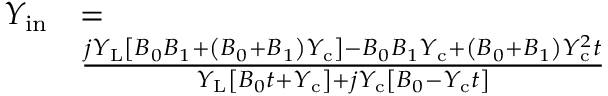
\begin{array} { r l } { Y _ { \mathrm { i n } } } & { = } \\ & { \frac { j Y _ { \mathrm { L } } \left[ B _ { 0 } B _ { 1 } + \left( B _ { 0 } + B _ { 1 } \right) Y _ { \mathrm { c } } \right] - B _ { 0 } B _ { 1 } Y _ { \mathrm { c } } + \left( B _ { 0 } + B _ { 1 } \right) Y _ { \mathrm { c } } ^ { 2 } t } { Y _ { \mathrm { L } } \left[ B _ { 0 } t + Y _ { \mathrm { c } } \right] + j Y _ { \mathrm { c } } \left[ B _ { 0 } - Y _ { \mathrm { c } } t \right] } } \end{array}